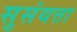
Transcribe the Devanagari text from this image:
सुसंयत्ता